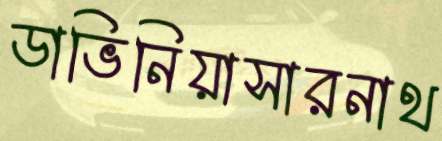
ডাভিনিয়াসারনাথ